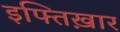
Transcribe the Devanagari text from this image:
इफ्तिख़ार